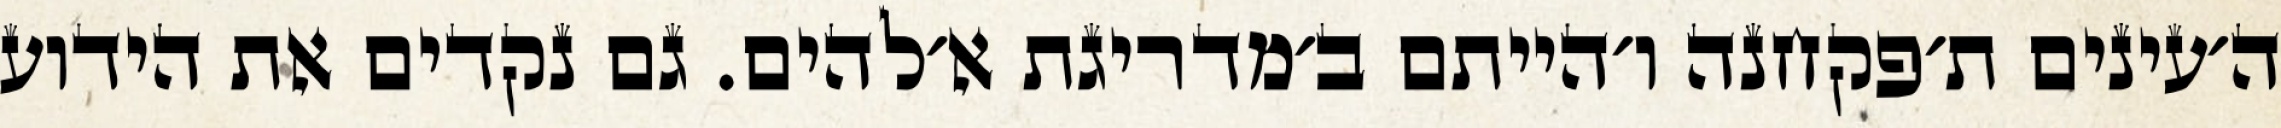
ה׳עינים ת׳פקחנה ו׳הייתם ב׳מדריגת א׳להים. גם נקדים את הידוע